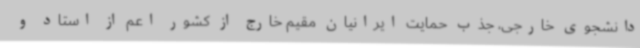
دانشجوی خارجی، جذب حمایت ایرانیان مقیم خارج از کشور اعم از استاد و